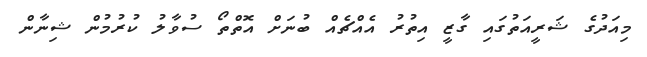
މިއަދުގެ ޝަރީއަތުގައި ގާޒީ އިތުރު އެއްޗެއް ބުނަށް އޮތްތޯ ސުވާލު ކުރުމުން ޝިނާން